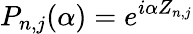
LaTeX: P_{n,j}(\alpha)=e^{i\alpha Z_{n,j}}